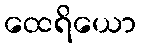
ထေရိယော